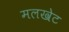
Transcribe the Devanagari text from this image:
मलखेट